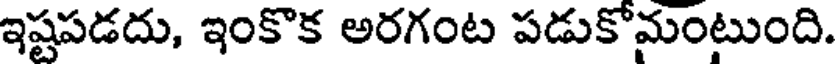
ఇష్టపడదు, ఇంకొక అరగంట పడుకోమంటుంది.